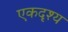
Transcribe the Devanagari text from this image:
एकदृश्य